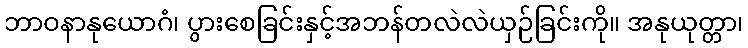
ဘာဝနာနုယောဂံ၊ ပွားစေခြင်းနှင့်အဘန်တလဲလဲယှဉ်ခြင်းကို။ အနုယုတ္တာ၊